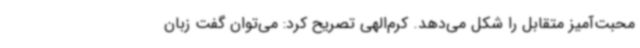
محبت‌آمیز متقابل را شکل می‌دهد. کرم‌الهی تصریح کرد: می‌توان گفت زبان